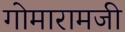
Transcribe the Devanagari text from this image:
गोमारामजी